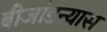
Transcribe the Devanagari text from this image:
बीजांडन्यास